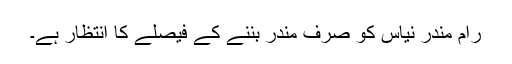
رام مندر نیاس کو صرف مندر بننے کے فیصلے کا انتظار ہے۔